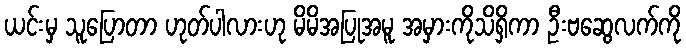
ယင်းမှ သူပြောတာ ဟုတ်ပါလားဟု မိမိအပြုအမူ အမှားကိုသိရှိကာ ဦးဗဆွေလက်ကို